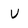
Character: U